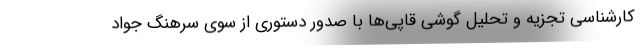
کارشناسی تجزیه و تحلیل گوشی قاپی‌ها با صدور دستوری از سوی سرهنگ جواد